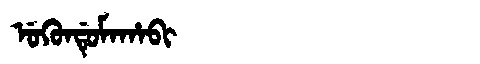
Manchu: ᡠᡴᡠᠨᡩᡠᠮᠠᡥᠠᠪᡳ
Romanization: UKUNDUMAHABI